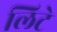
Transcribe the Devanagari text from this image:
लिटे